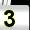
Digit: 3